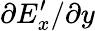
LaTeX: \partial E_{x}^{\prime}/\partial y